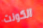
الكونت